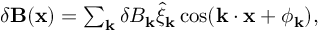
\begin{array} { r } { \delta \mathbf { B } ( \mathbf { x } ) = \sum _ { \mathbf { k } } \delta B _ { \mathbf { k } } \hat { \xi } _ { \mathbf { k } } \cos ( \mathbf { k } \cdot \mathbf { x } + \phi _ { \mathbf { k } } ) , } \end{array}